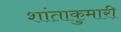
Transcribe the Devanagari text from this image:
शांताकुमारी